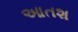
આતશ